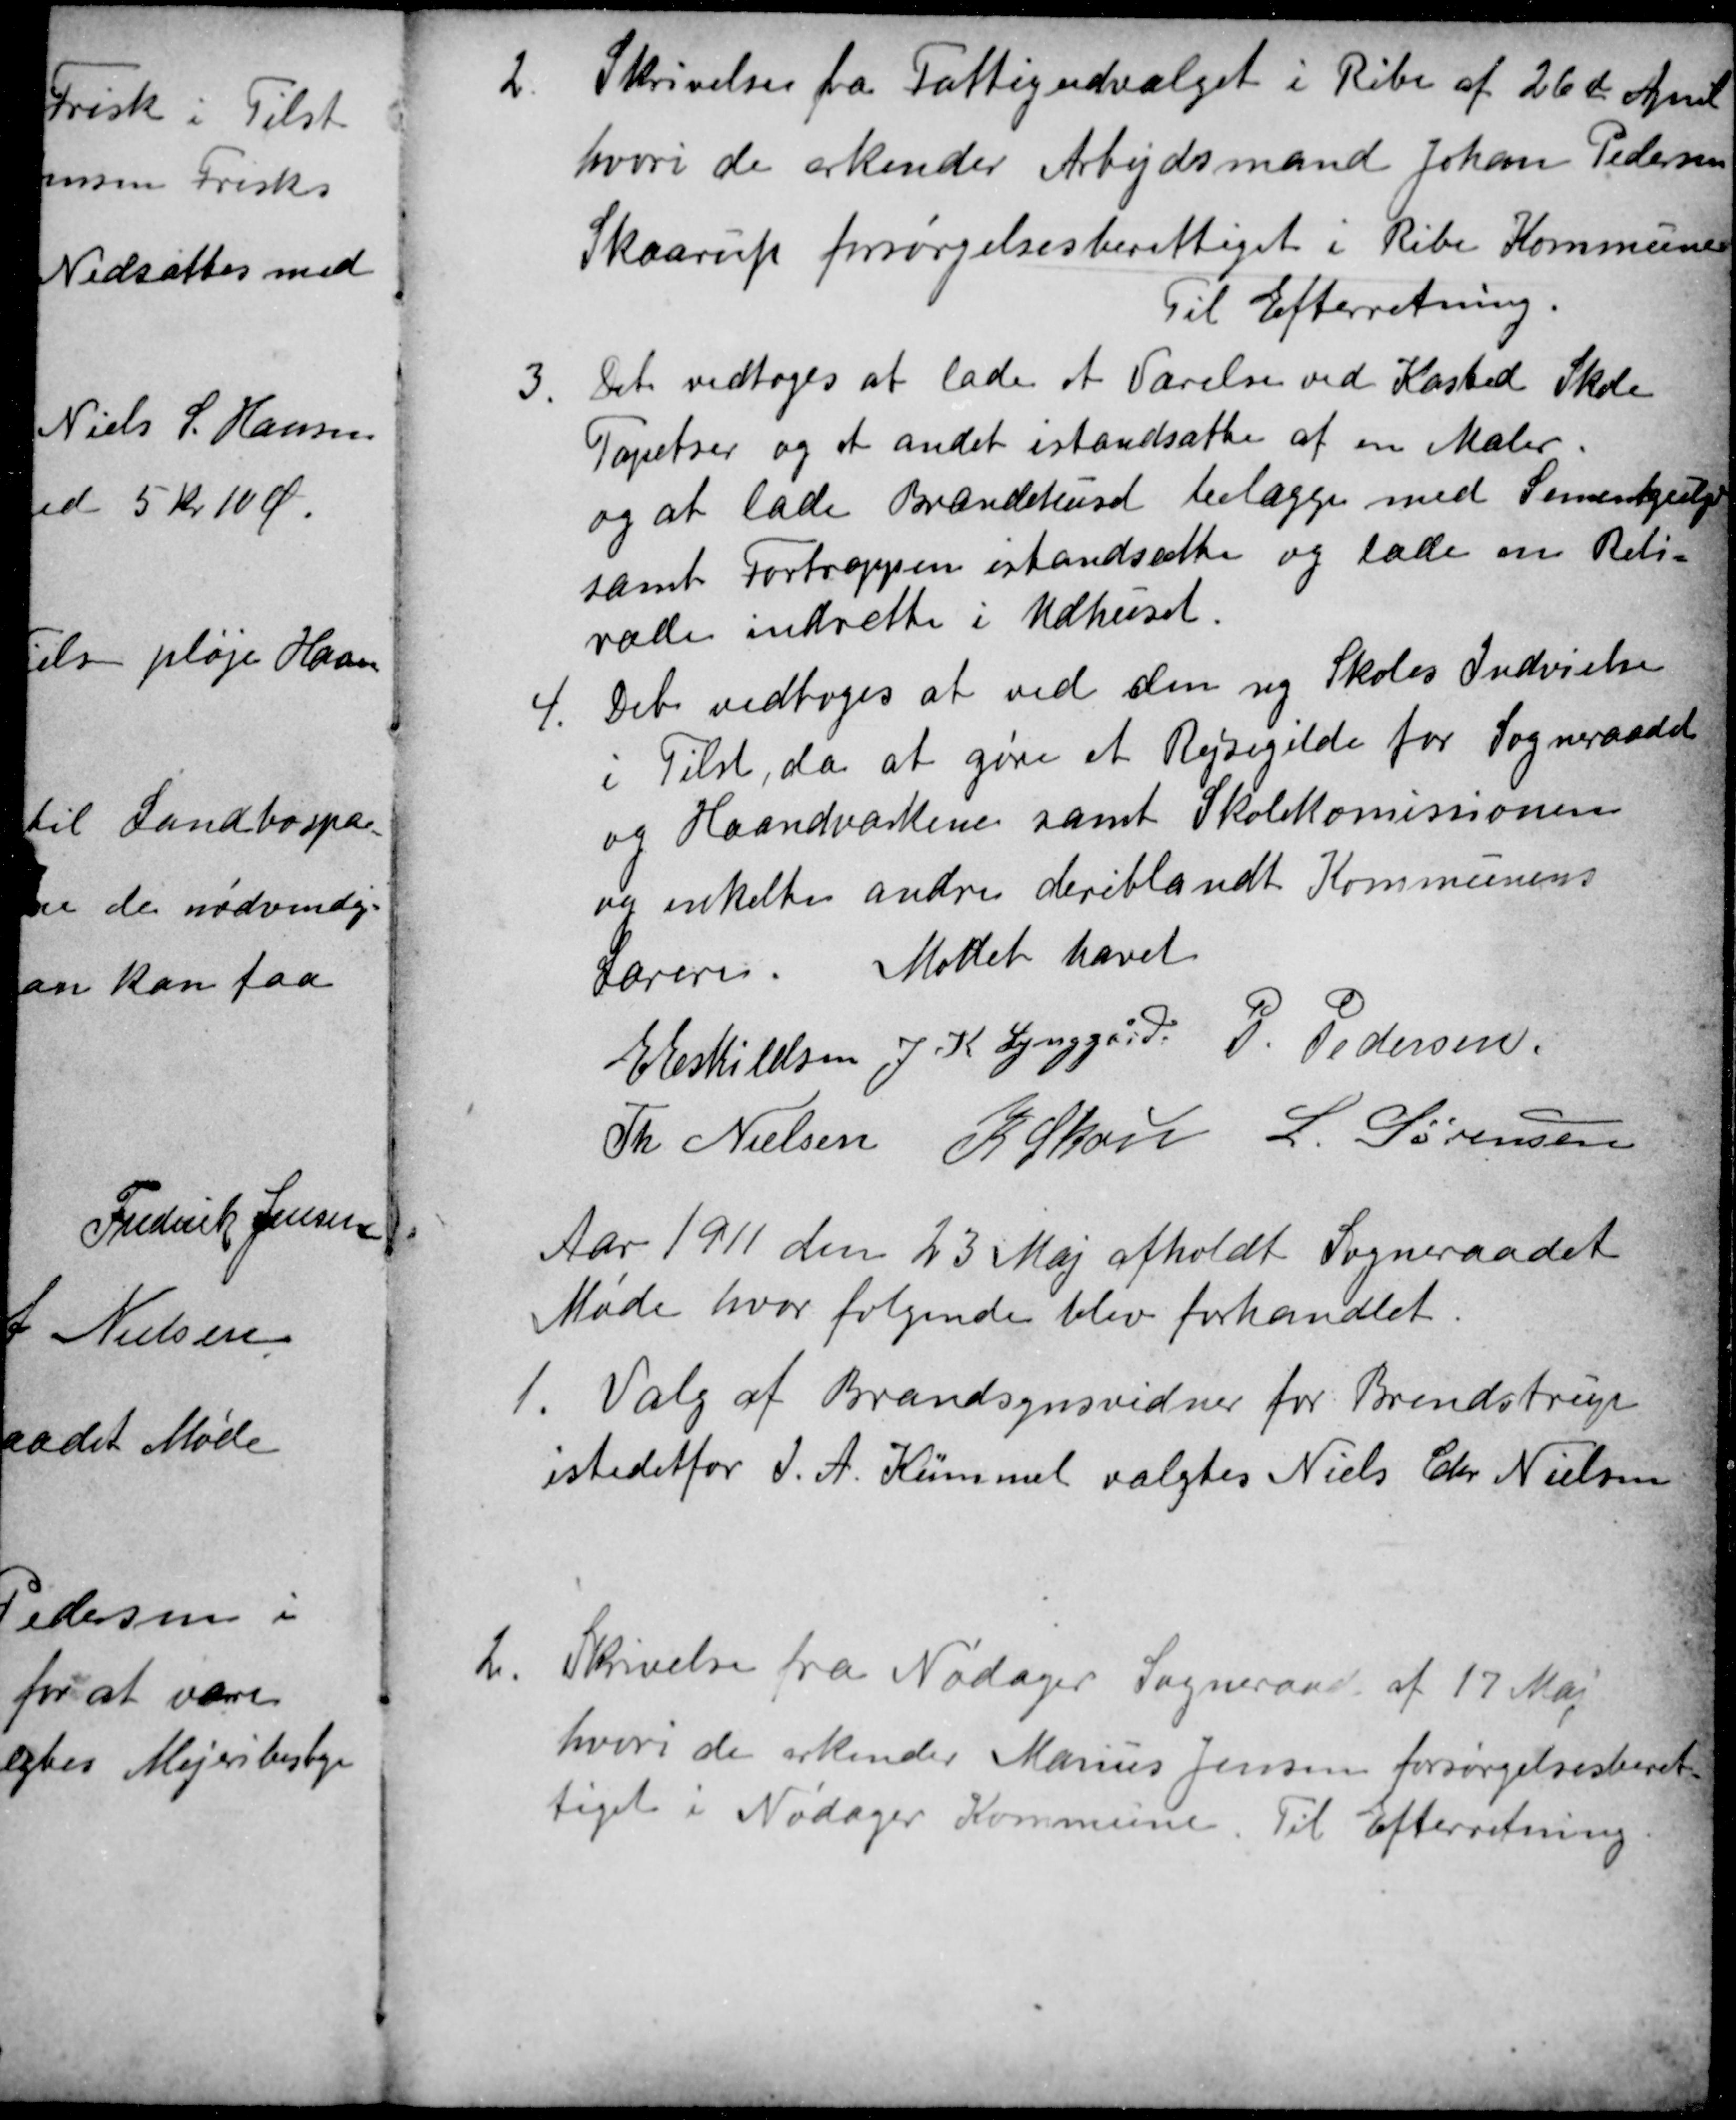
Transskription:
2.
Skrivelse fra Fattigudvalget i Ribe af 26de April
hvori de erkender Arbejdsmand Johan Pedersen
Skaarup forsørgelsesberettiget i Ribe Kommune
Til Efterretning.
3
Det vedtoges at lade et Værelse ved Kasted Skole
Tapetser og et andet istandsætte af en Maler.
og at lade Brændehuset belægge med Sementgulgv
samt Fortrappen istandsætte og lade en Reti=
rade indrette i Udhuset.
4.
Det vedtoges at ved den ny Skoles Indvielse
i Tilst, da at gøre et Rejsegilde for Sogneraadet
og Haandværkene samt Skolekomissionen
og enkelte andre deriblandt Kommunens
Lærere
Mødet hævet
E Eskildsen
J. K. Lynggård.
P. Pedersen
Th Nielsen
K Skou
L. Sørensen
Aar 1911 den 23 Maj afholdt Sogneraadet
Møde hvor følgende blev forhandlet.
1.
Valg af Brandsynsvidner for Brendstrup
istedetfor J. A. Kümmel valgtes Niels Chr. Nielsen
2
Skrivelse fra Nødager Sogneraad af 17 Maj
hvori de erkender Marius Jensen forsørgelsesberet
tiget i Nødager Kommune. Til Efterretning.